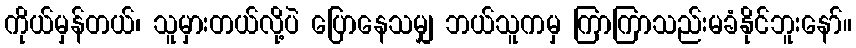
ကိုယ်မှန်တယ်၊ သူမှားတယ်လို့ပဲ ပြောနေသမျှ ဘယ်သူကမှ ကြာကြာသည်းမခံနိုင်ဘူးနော်။